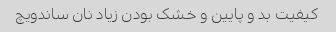
کیفیت بد و پایین و خشک بودن زیاد نان ساندویچ